Scottish Leaving Certificate Examination, 1961
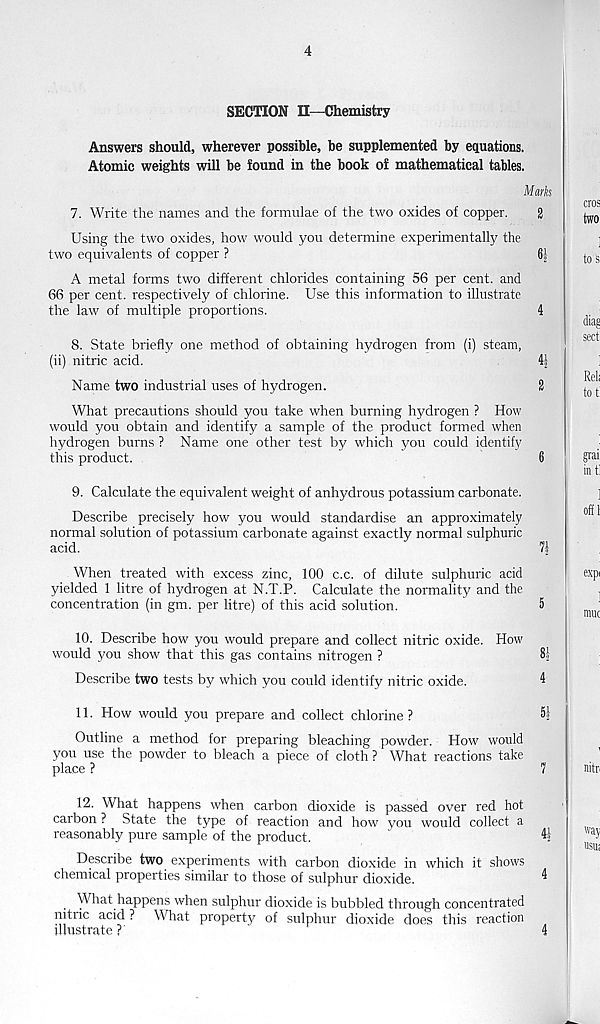
4
SECTION II—Chemistry
Answers should, wherever possible, be supplemented by equations.
Atomic weights will be found in the book of mathematical tables.
Mark
7. Write the names and the formulae of the two oxides of copper.
2
Using the two oxides, how would you determine experimentally the
two equivalents of copper ?
6|
A metal forms two different chlorides containing 56 per cent, and
66 per cent, respectively of chlorine. Use this information to illustrate
the law of multiple proportions.
4
8. State briefly one method of obtaining hydrogen from (i) steam,
(ii) nitric acid.
41
Name two industrial uses of hydrogen.
2
What precautions should you take when burning hydrogen ? How
would you obtain and identify a sample of the product formed when
hydrogen burns ? Name one other test by which you could identify
this product.
6
9. Calculate the equivalent weight of anhydrous potassium carbonate.
Describe precisely how you would standardise an approximately
normal solution of potassium carbonate against exactly normal sulphuric
acid.
71
When treated with excess zinc, 100 c.c. of dilute sulphuric acid
yielded 1 litre of hydrogen at N.T.P. Calculate the normality and the
concentration (in gm. per litre) of this acid solution.
5
10. Describe how you would prepare and collect nitric oxide. How
would you show that this gas contains nitrogen ?
81
Describe two tests by which you could identify nitric oxide.
4
11. How would you prepare and collect chlorine?
Outline a method for preparing bleaching powder. How would
you use the powder to bleach a piece of cloth ? What reactions take
place ?
7
12. What happens when carbon dioxide is passed over red hot
carbon ? State the type of reaction and how you would collect a
reasonably pure sample of the product.
'
41
Describe two experiments with carbon dioxide in which it shows
chemical properties similar to those of sulphur dioxide.
4
What happens when sulphur dioxide is bubbled through concentrated
nitric acid ? What property of sulphur dioxide does this reaction
illustrate?
'
4